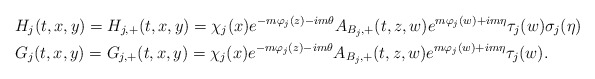
\begin{align*} &H_j(t,x,y)=H_{j, +}(t, x, y)=\chi_j(x)e^{-m\varphi_j(z)-im\theta}A_{B_j,+}(t,z,w)e^{m\varphi_j(w)+im\eta}\tau_j(w)\sigma_j(\eta)\\&G_j(t,x,y)=G_{j, +}(t, x, y)=\chi_j(x)e^{-m\varphi_j(z)-im\theta}A_{B_j,+}(t,z,w)e^{m\varphi_j(w)+im\eta}\tau_j(w).\end{align*}